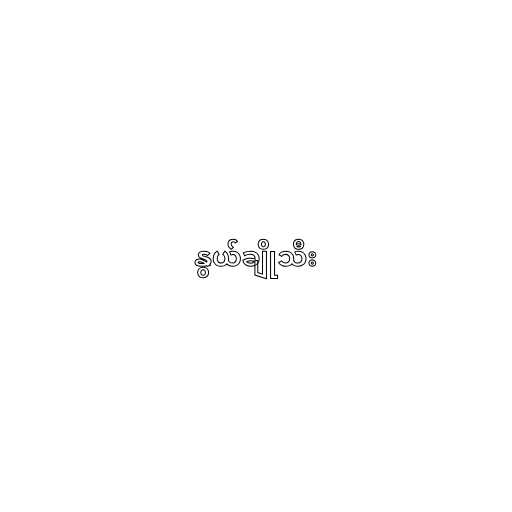
နွယ်ချိုသီး